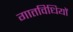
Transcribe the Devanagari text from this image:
गातविधियों